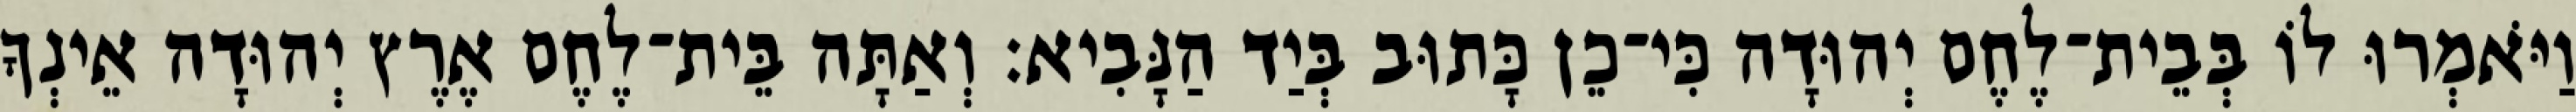
וַיֹּאמְרוּ לוֹ בְּבֵית־לֶחֶם יְהוּדָה כִּי־כֵן כָּתוּב בְּיַד הַנָּבִיא׃ וְאַתָּה בֵּית־לֶחֶם אֶרֶץ יְהוּדָה אֵינְךָ